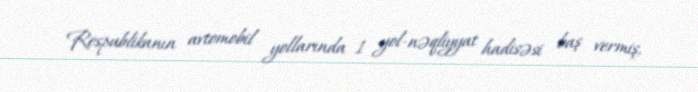
Respublikanın avtomobil yollarında 1 yol-nəqliyyat hadisəsi baş vermiş,